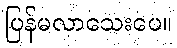
ပြန်မလာသေးပေ။